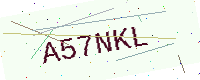
Text: A57NKL